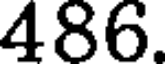
486.